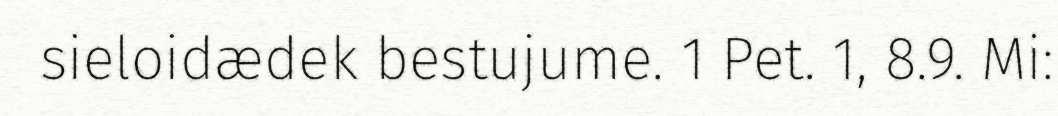
sieloidædek bestujume. 1 Pet. 1, 8.9. Mi: